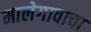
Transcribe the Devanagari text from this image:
मालेगावाचा